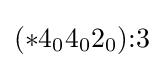
(*4_{0}4_{0}2_{0}){:}3